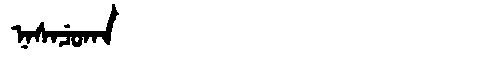
Manchu: ᠨᠠᠰᠠᠴᡠᡴᠠ
Romanization: NASACUKA